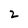
Character: 2